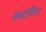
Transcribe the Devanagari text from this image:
कन्दोमिना